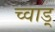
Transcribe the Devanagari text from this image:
च्वाड़्